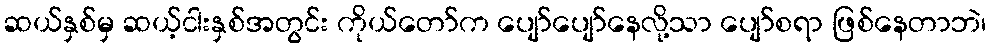
ဆယ်နှစ်မှ ဆယ့်ငါးနှစ်အတွင်း ကိုယ်တော်က ပျော်ပျော်နေလို့သာ ပျော်စရာ ဖြစ်နေတာဘဲ၊